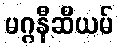
မဂ္ဂနီဆီယမ်